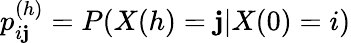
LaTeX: p_{i\mathbf{j}}^{(h)}=P(X(h)=\mathbf{j}|X(0)=i)